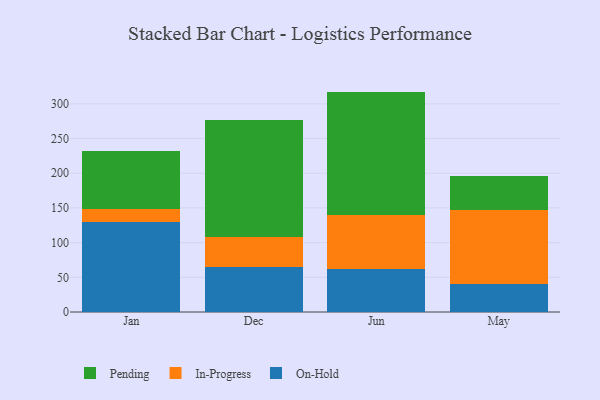
{"axis": {"x": "Month", "y": "Shipments"}, "legend": ["In-Progress", "On-Hold", "Pending"], "data": [{"x": "Jan", "y": 129.5, "type": "On-Hold"}, {"x": "Jan", "y": 18.7, "type": "In-Progress"}, {"x": "Jan", "y": 83.8, "type": "Pending"}, {"x": "Dec", "y": 64.5, "type": "On-Hold"}, {"x": "Dec", "y": 43.6, "type": "In-Progress"}, {"x": "Dec", "y": 168.5, "type": "Pending"}, {"x": "Jun", "y": 62.4, "type": "On-Hold"}, {"x": "Jun", "y": 77.1, "type": "In-Progress"}, {"x": "Jun", "y": 178.2, "type": "Pending"}, {"x": "May", "y": 40.7, "type": "On-Hold"}, {"x": "May", "y": 107.0, "type": "In-Progress"}, {"x": "May", "y": 48.5, "type": "Pending"}]}